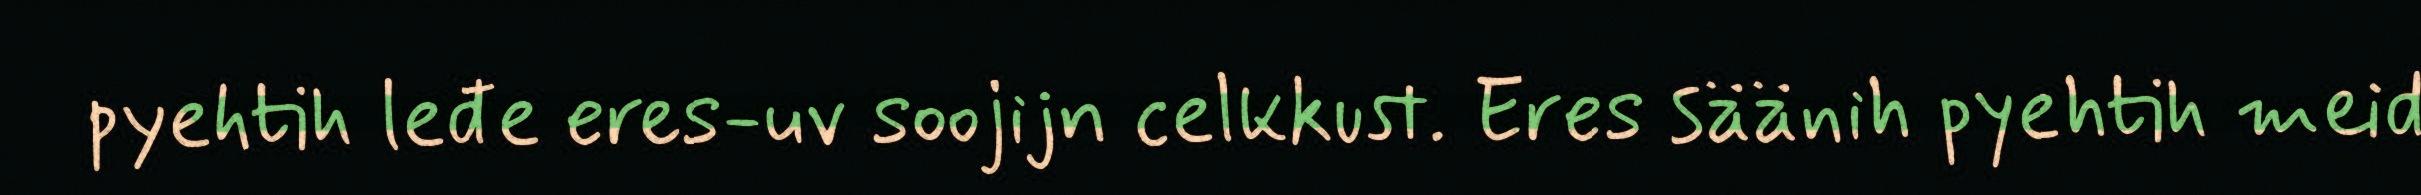
pyehtih leđe eres-uv soojijn celkkust. Eres säänih pyehtih meid